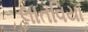
લાતવિયા